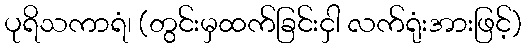
ပုရိသကာရံ၊ (တွင်းမှထက်ခြင်းငှါ လက်ရုံးအားဖြင့်)